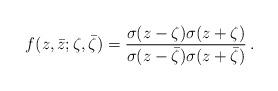
LaTeX: \begin{align*}f(z,\bar z; \zeta, \bar\zeta )= {\sigma ({z-\zeta })\sigma ({z+\zeta })\over\sigma ({z-\bar \zeta })\sigma ({z +\bar\zeta } )}\,.\end{align*}